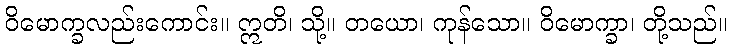
ဝိမောက္ခလည်းကောင်း။ ဣတိ၊ သို့။ တယော၊ ကုန်သော။ ဝိမောက္ခာ၊ တို့သည်။